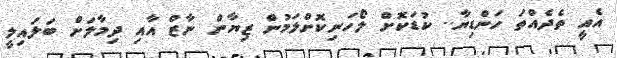
އެއީ ތެދެއްތަ ހަންޑިޔާ.. ކުޑަކޮށް ލޯހަނިކޮށްލަމުން ޒިޔާން ނާޒް އާއި ދިމާލަށް ބަލައިލީ